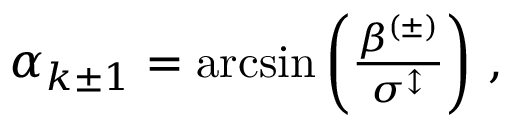
\begin{array} { r } { \alpha _ { k \pm 1 } = \arcsin \left( \frac { \beta ^ { ( \pm ) } } { \sigma ^ { \updownarrow } } \right) \, , } \end{array}